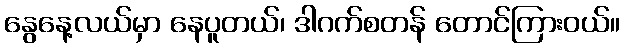
နွေနေ့လယ်မှာ နေပူတယ်၊ ဒါဂက်စတန် တောင်ကြားဝယ်။